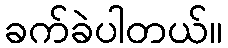
ခက်ခဲပါတယ်။